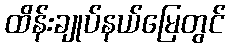
ထိန်းချုပ်နယ်မြေတွင်